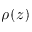
\rho ( z )